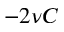
- 2 \nu C